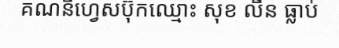
គណនីហ្វេសប៊ុកឈ្មោះ សុខ លីន ធ្លាប់